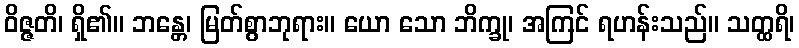
ဝိဇ္ဇတိ၊ ရှိ၏။ ဘန္တေ၊ မြတ်စွာဘုရား။ ယော သော ဘိက္ခု၊ အကြင် ရဟန်းသည်။ သတ္ထရိ၊